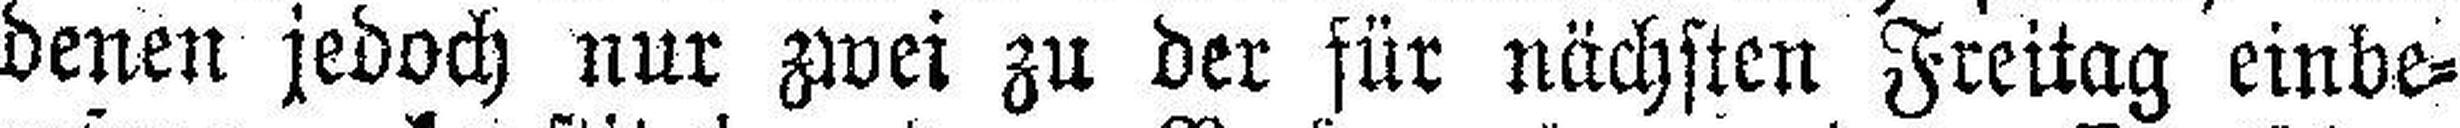
denen jedoch nur zwei zu der für nächsten Freitag einbe¬